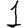
Digit: 1